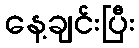
နေ့ချင်းပြီး